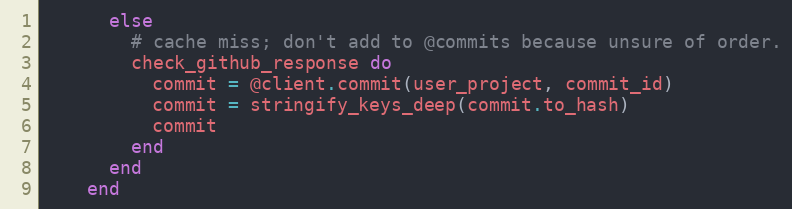
Language: Ruby
      else
        # cache miss; don't add to @commits because unsure of order.
        check_github_response do
          commit = @client.commit(user_project, commit_id)
          commit = stringify_keys_deep(commit.to_hash)
          commit
        end
      end
    end